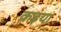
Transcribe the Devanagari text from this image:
कइया